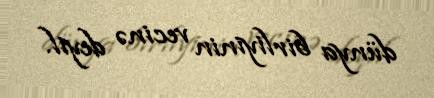
dünya birliyinin vecinə deyil.